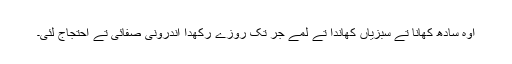
اوہ سادھ کھانا تے سبزیاں کھاندا تے لمے جر تک روزے رکھدا اندرونی صفائی تے احتجاج لئی۔